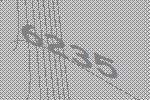
6235